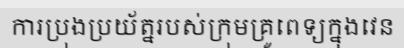
ការប្រុងប្រយ័ត្នរបស់ក្រុមគ្រូពេទ្យក្នុងវេន